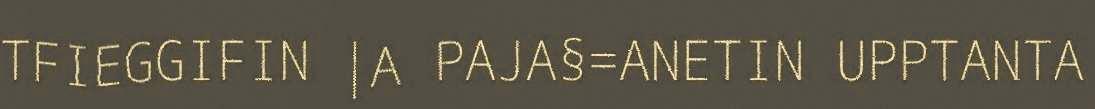
TFIEGGIFIN |A PAJA§=ANETIN UPPTANTA